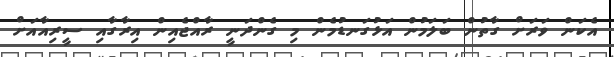
އެކަން ވަރަށް ގާތުން ބަލަމުން އަޅުގަނޑުމެން މި ގެންދަނީ ރާއްޖެއިން އިރާގާއި ސީރިއާއަށް